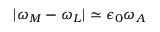
\lvert \omega _ { M } - \omega _ { L } \rvert \simeq \epsilon _ { 0 } \omega _ { A }